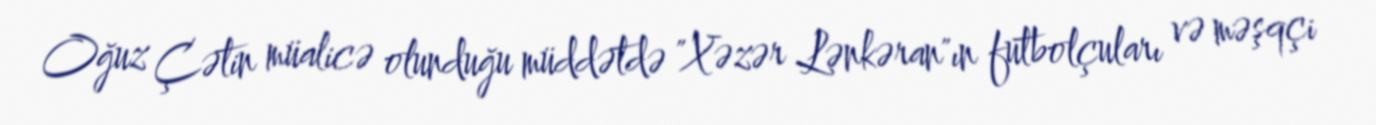
Oğuz Çətin müalicə olunduğu müddətdə "Xəzər Lənkəran"ın futbolçuları və məşqçi